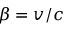
\beta = v / c